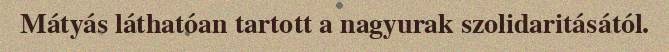
Mátyás láthatóan tartott a nagyurak szolidaritásától.